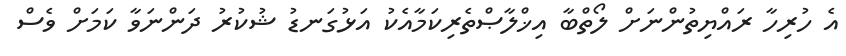
އެ ހުރިހާ ރައްޔިތުންނަށް ލޯތްބާ އިޚްލާޞްތެރިކަމާއެކު އަޅުގަނޑު ޝުކުރު ދަންނަވާ ކަމަށް ވެސް